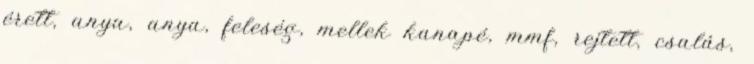
érett, anya, anya, feleség, mellek kanapé, mmf, rejtett, csalás,